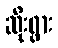
ဆိုးရွား